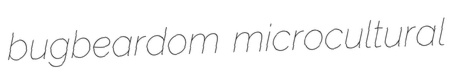
bugbeardom microcultural